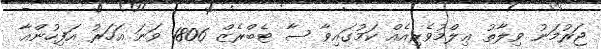
ޖަރުމަނު ވިލާތު ޢިލްމުވެރިއެއް ކަމުގައިވާ ސާ ޓެބްރެޒް 1806 ވަނަ އަހަރު އަފިހުންއާ